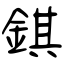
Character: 錤